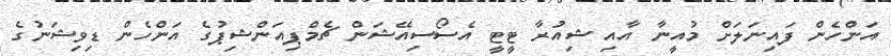
އަންހެން ފައިނަލަށް މުއީނާ އާއި ޝިއުރާ ޓީޓީ އެސޯސިއޭޝަން ޗެމްޕިއަންޝިޕުގެ އަންހެން ޑިވިޝަނުގެ